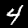
Label: 4